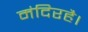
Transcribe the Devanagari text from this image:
मंदिरहै।